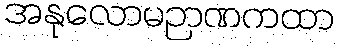
အနုလောမဉာဏကထာ